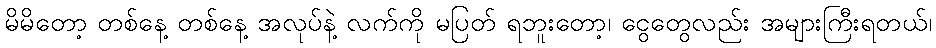
မိမိတော့ တစ်နေ့ တစ်နေ့ အလုပ်နဲ့ လက်ကို မပြတ် ရဘူးတော့၊ ငွေတွေလည်း အများကြီးရတယ်၊